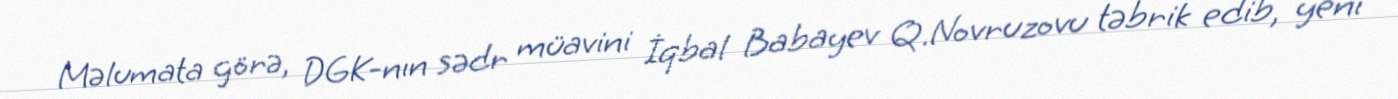
Məlumata görə, DGK-nın sədr müavini İqbal Babayev Q.Novruzovu təbrik edib, yeni